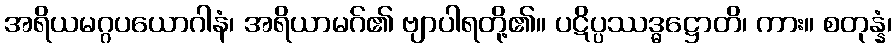
အရိယမဂ္ဂပယောဂါနံ၊ အရိယာမဂ်၏ ဗျာပါရတို့၏။ ပဋိပ္ပဿဒ္ဓဋ္ဌောတိ၊ ကား။ စတုန္နံ၊